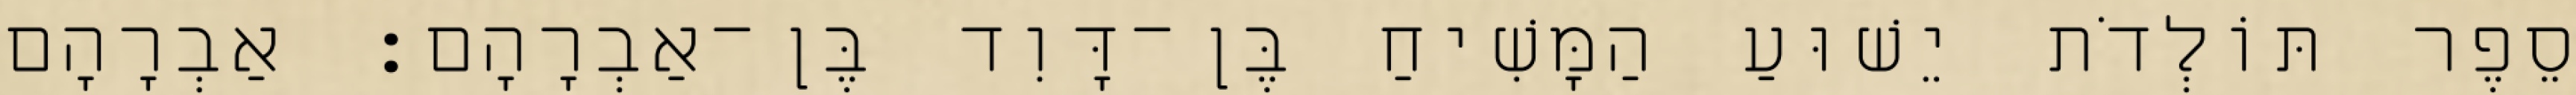
סֵפֶר תּוֹלְדֹת יֵשׁוּעַ הַמָּשִׁיחַ בֶּן־דָּוִד בֶּן־אַבְרָהָם׃ אַבְרָהָם